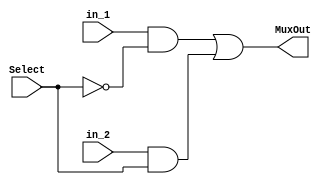
module mux_2_1 (input in_1, input in_2, input Select, output MuxOut);

    not (S_n, Select);
    and(and_0, in_1, S_n);
    and(and_1, in_2, Select);

    or or_2(MuxOut, and_0, and_1);
endmodule

module mux_2_1_32(input [31:0] in_1, input [31:0] in_2, input Select, output [31:0] MuxOut);

    mux_2_1 mux_2_1__0(in_1[0], in_2[0], Select, MuxOut[0]);
    mux_2_1 mux_2_1__1(in_1[1], in_2[1], Select, MuxOut[1]);
    mux_2_1 mux_2_1__2(in_1[2], in_2[2], Select, MuxOut[2]);
    mux_2_1 mux_2_1__3(in_1[3], in_2[3], Select, MuxOut[3]);
    mux_2_1 mux_2_1__4(in_1[4], in_2[4], Select, MuxOut[4]);
    mux_2_1 mux_2_1__5(in_1[5], in_2[5], Select, MuxOut[5]);
    mux_2_1 mux_2_1__6(in_1[6], in_2[6], Select, MuxOut[6]);
    mux_2_1 mux_2_1__7(in_1[7], in_2[7], Select, MuxOut[7]);
    mux_2_1 mux_2_1__8(in_1[8], in_2[8], Select, MuxOut[8]);
    mux_2_1 mux_2_1__9(in_1[9], in_2[9], Select, MuxOut[9]);
    mux_2_1 mux_2_1_1_10(in_1[10], in_2[10], Select, MuxOut[10]);
    mux_2_1 mux_2_1_1_11(in_1[11], in_2[11], Select, MuxOut[11]);
    mux_2_1 mux_2_1_1_12(in_1[12], in_2[12], Select, MuxOut[12]);
    mux_2_1 mux_2_1_1_13(in_1[13], in_2[13], Select, MuxOut[13]);
    mux_2_1 mux_2_1_1_14(in_1[14], in_2[14], Select, MuxOut[14]);
    mux_2_1 mux_2_1_1_15(in_1[15], in_2[15], Select, MuxOut[15]);
    mux_2_1 mux_2_1_1_16(in_1[16], in_2[16], Select, MuxOut[16]);
    mux_2_1 mux_2_1_1_17(in_1[17], in_2[17], Select, MuxOut[17]);
    mux_2_1 mux_2_1_1_18(in_1[18], in_2[18], Select, MuxOut[18]);
    mux_2_1 mux_2_1_1_19(in_1[19], in_2[19], Select, MuxOut[19]);
    mux_2_1 mux_2_1_2_20(in_1[20], in_2[20], Select, MuxOut[20]);
    mux_2_1 mux_2_1_2_21(in_1[21], in_2[21], Select, MuxOut[21]);
    mux_2_1 mux_2_1_2_22(in_1[22], in_2[22], Select, MuxOut[22]);
    mux_2_1 mux_2_1_2_23(in_1[23], in_2[23], Select, MuxOut[23]);
    mux_2_1 mux_2_1_2_24(in_1[24], in_2[24], Select, MuxOut[24]);
    mux_2_1 mux_2_1_2_25(in_1[25], in_2[25], Select, MuxOut[25]);
    mux_2_1 mux_2_1_2_26(in_1[26], in_2[26], Select, MuxOut[26]);
    mux_2_1 mux_2_1_2_27(in_1[27], in_2[27], Select, MuxOut[27]);
    mux_2_1 mux_2_1_2_28(in_1[28], in_2[28], Select, MuxOut[28]);
    mux_2_1 mux_2_1_2_29(in_1[29], in_2[29], Select, MuxOut[29]);
    mux_2_1 mux_2_1_3_30(in_1[30], in_2[30], Select, MuxOut[30]);
    mux_2_1 mux_2_1_3_31(in_1[31], in_2[31], Select, MuxOut[31]);
endmodule